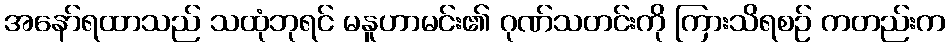
အနော်ရထာသည် သထုံဘုရင် မနူဟာမင်း၏ ဂုဏ်သတင်းကို ကြားသိရစဉ် ကတည်းက